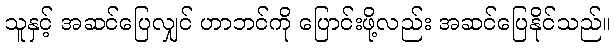
သူနှင့် အဆင်ပြေလျှင် ဟာဘင်ကို ပြောင်းဖို့လည်း အဆင်ပြေနိုင်သည်။